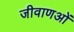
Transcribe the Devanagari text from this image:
जीवाणओं